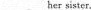
____her sister.